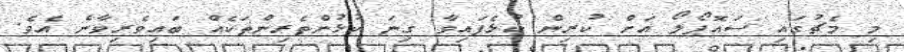
މި މެޗުގައި ސައޮޕޯލޯ އަށް ކުރިން ކުޅެފައިވާ ގިނަ ކުޅުންތެރިންތަކެއް ބައިވެރިވާނެ އެވެ.